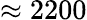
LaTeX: \approx 2200